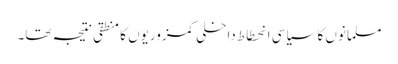
مسلمانوں کا سیاسی انحطاط داخلی کمزوریوں کا منطقی نتیجہ تھا۔